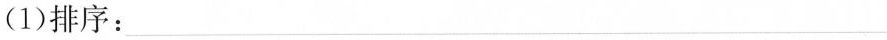
(1)排序：___